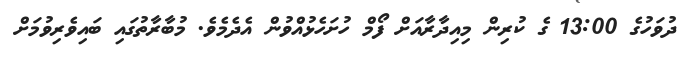
ދުވަހުގެ 13:00 ގެ ކުރިން މިއިދާރާއަށް ފޯމް ހުށަހެޅުއްވުން އެދެމެވެ. މުބާރާތުގައި ބައިވެރިވުމަށް